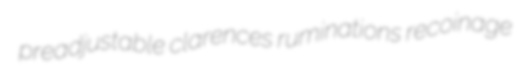
preadjustable clarences ruminations recoinage